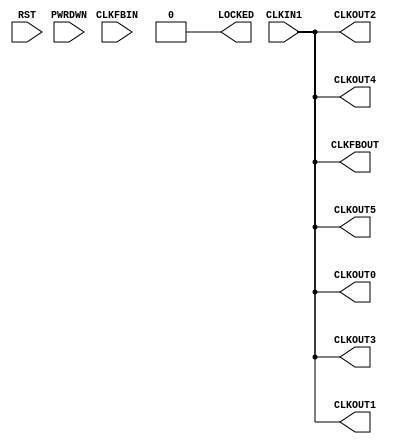
module PLLE2_BASE (/*AUTOARG*/
   // Outputs
   LOCKED, CLKOUT0, CLKOUT1, CLKOUT2, CLKOUT3, CLKOUT4, CLKOUT5,
   CLKFBOUT,
   // Inputs
   CLKIN1, RST, PWRDWN, CLKFBIN
   );

   parameter BANDWIDTH = 0;
   parameter CLKFBOUT_MULT = 0;
   parameter CLKFBOUT_PHASE = 0;
   parameter CLKIN1_PERIOD = 0;
   parameter CLKOUT0_DIVIDE = 0;
   parameter CLKOUT0_DUTY_CYCLE = 0;
   parameter CLKOUT0_PHASE = 0;

   parameter CLKOUT1_DIVIDE = 0;
   parameter CLKOUT1_DUTY_CYCLE = 0;
   parameter CLKOUT1_PHASE = 0;

   parameter CLKOUT2_DIVIDE = 0;
   parameter CLKOUT2_DUTY_CYCLE = 0;
   parameter CLKOUT2_PHASE = 0;
   
   parameter CLKOUT3_DIVIDE = 0;
   parameter CLKOUT3_DUTY_CYCLE = 0;
   parameter CLKOUT3_PHASE = 0;

   parameter CLKOUT4_DIVIDE = 0;
   parameter CLKOUT4_DUTY_CYCLE = 0;
   parameter CLKOUT4_PHASE = 0;

   parameter CLKOUT5_DIVIDE = 0;
   parameter CLKOUT5_DUTY_CYCLE = 0;
   parameter CLKOUT5_PHASE = 0;
      
   parameter DIVCLK_DIVIDE = 0;
   parameter REF_JITTER1 = 0;
   parameter STARTUP_WAIT = 0;
   parameter IOSTANDARD = 0;
   

   //inputs
   input CLKIN1;
   input RST;
   input PWRDWN;
   input CLKFBIN;
   
   //outputs
   output LOCKED;
   output CLKOUT0;
   output CLKOUT1;
   output CLKOUT2;
   output CLKOUT3;
   output CLKOUT4;
   output CLKOUT5;
   output CLKFBOUT;


   //Not a correct model
   assign CLKFBOUT=CLKIN1;
   assign LOCKED=1'b0;
   assign CLKOUT0=CLKIN1;
   assign CLKOUT1=CLKIN1;
   assign CLKOUT2=CLKIN1;
   assign CLKOUT3=CLKIN1;
   assign CLKOUT4=CLKIN1;
   assign CLKOUT5=CLKIN1;
   assign CLKFBOUT=CLKIN1;
   
endmodule